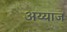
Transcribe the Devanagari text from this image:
अय्याज